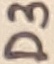
Text: D3